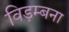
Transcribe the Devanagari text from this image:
विड़म्बना